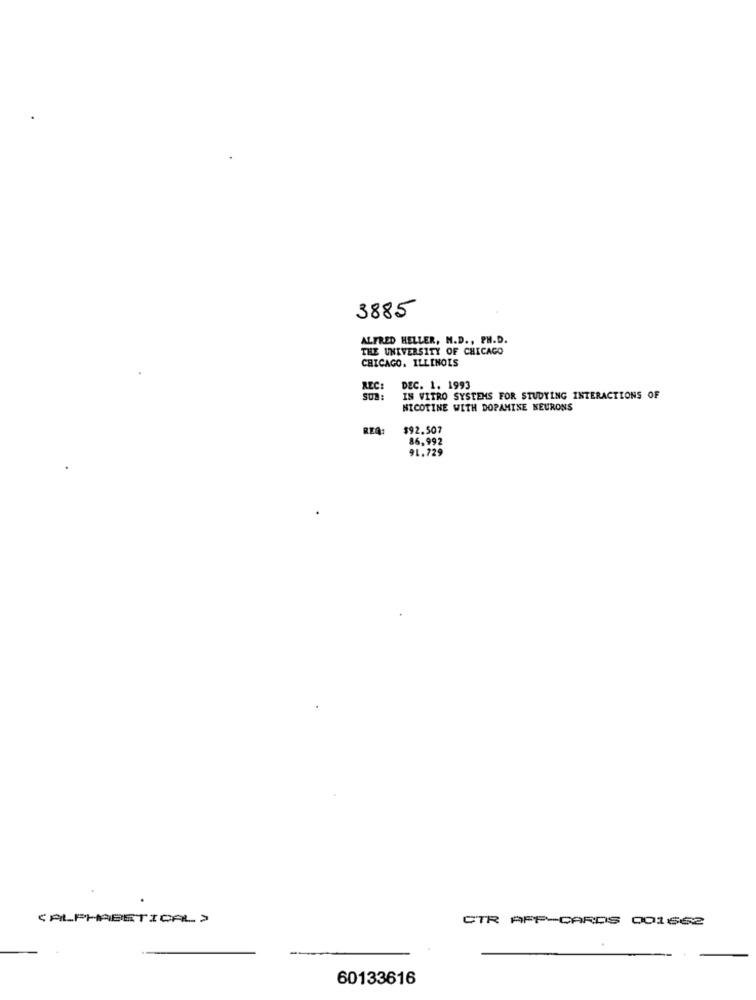
3885
ALFRED HELLER, M.D ., PH.D.
THE UNIVERSITY OF CHICAGO
CHICAGO, ILLINOIS
REC:
DEC. 1. 1993
SUB:
IN VITRO SYSTEMS FOR STUDYING INTERACTIONS OF
NICOTINE WITH DOPAMINE NEURONS
$92.507
86,992
91.729
(ALPHABETICAL >
CTR APP-CARDS 001662
60133616